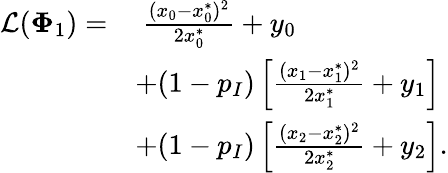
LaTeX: \begin{array}{rl}{\mathcal{L}(\mathbf{\Phi}_{1})=}&{~\frac{(x_{0}-x_{0}^{*})^{2}}{2x_{0}^{*}}+y_{0}}\\ &{+(1-p_{I})\left[\frac{(x_{1}-x_{1}^{*})^{2}}{2x_{1}^{*}}+y_{1}\right]}\\ &{+(1-p_{I})\left[\frac{(x_{2}-x_{2}^{*})^{2}}{2x_{2}^{*}}+y_{2}\right].}\end{array}